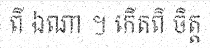
ពី ឯណា ។ កើតពី ចិត្ត